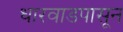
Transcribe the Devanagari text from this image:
धारवाडपासून